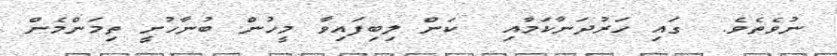
ނުވެތެވެ.  ގައި ހަރުދަނާކަމާއި  ކަން ލިބިފައިވާ މީހުން ބުނާހުށީ ތިމަންމެން